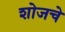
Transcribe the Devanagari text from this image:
शोजचे